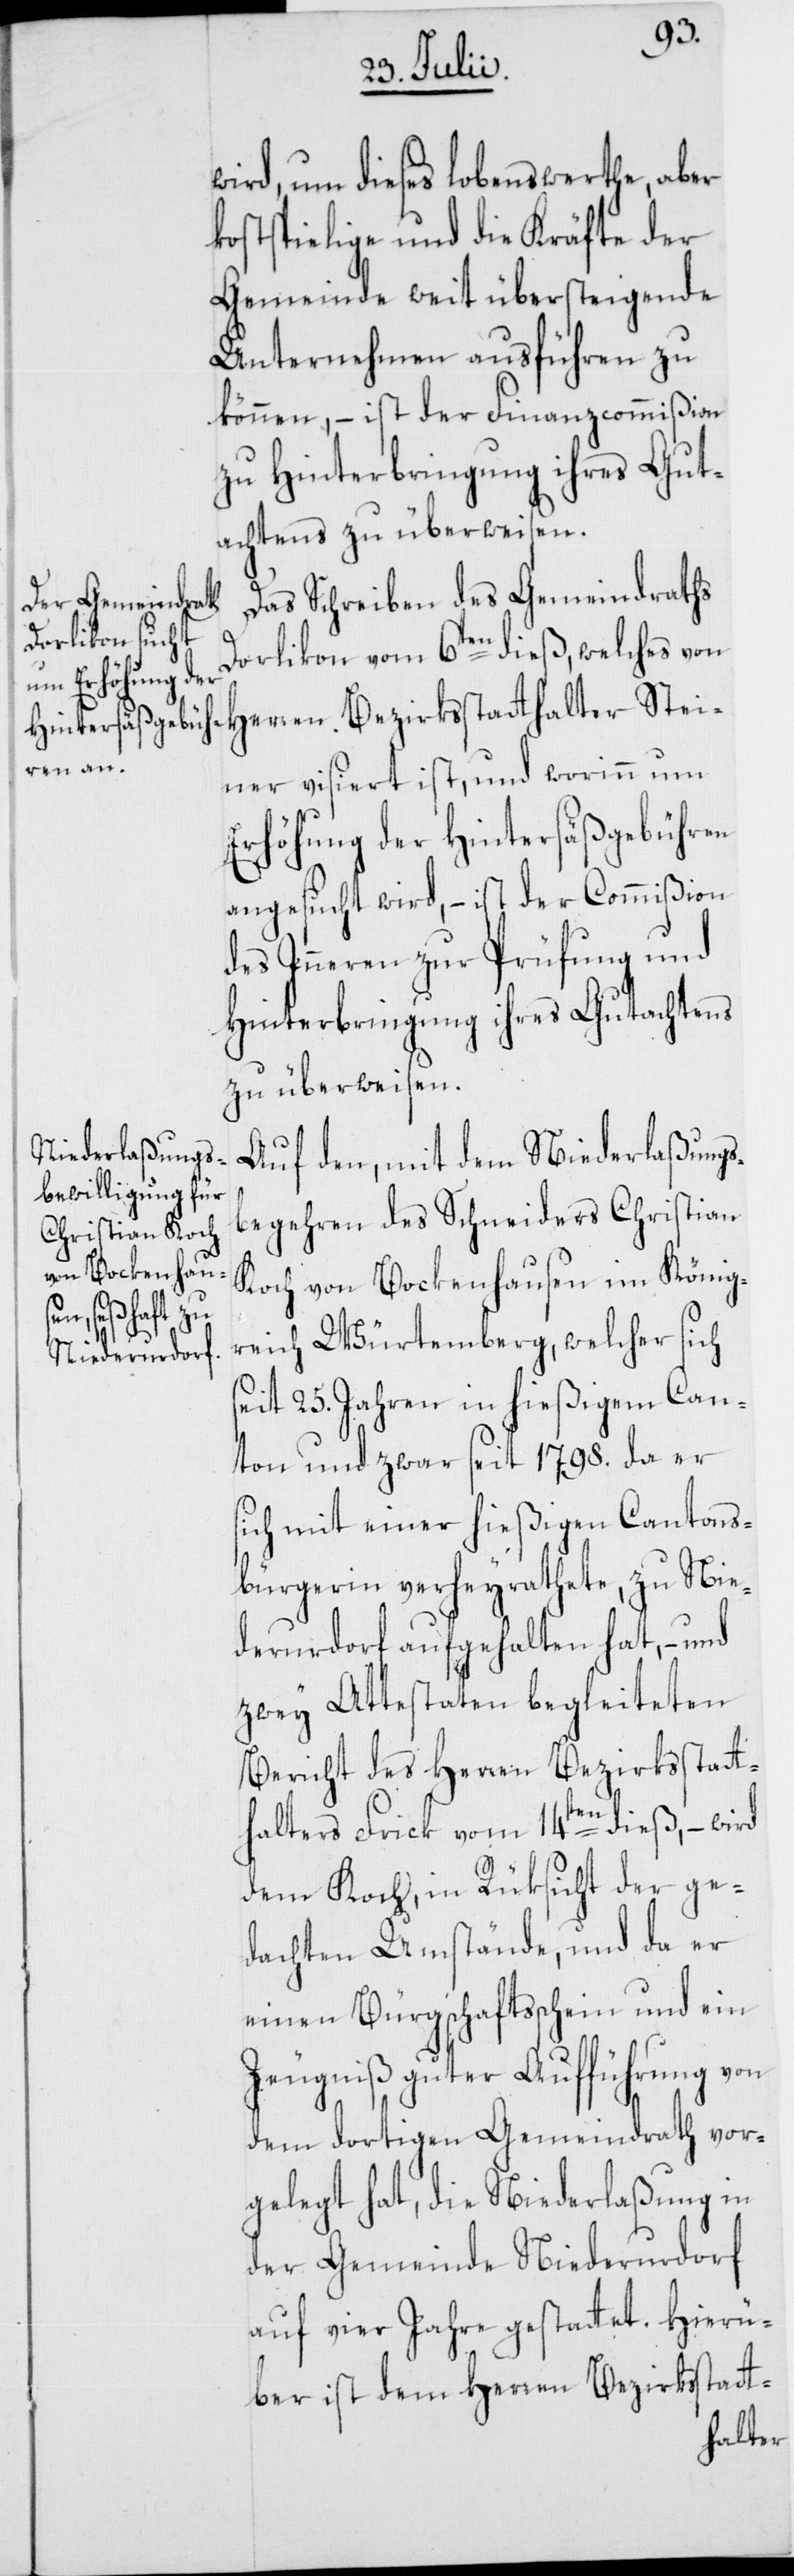
wird, um dieses lobenswerthe, aber
kostspielige und die Kräfte der
Gemeinde weit übersteigende
Unternehmen ausführen zu
können, – ist der Finanzcommißion
zu Hinterbringung ihres Gut¬
achtens zu überweisen.
Das Schreiben des Gemeindraths
Dorlikon vom 6ten dieß, welches von
Herren Bezirksstatthalter Stei¬
ner visiert ist, und worinn um
Erhöhung der Hintersäßgebühren
angesucht wird, – ist der Commißion
des Inneren zur Prüfung und
Hinterbringung ihres Gutachtens
zu überweisen.
Auf den, mit dem Niederlaßungs¬
begehren des Schneiders Christian
Koch von Bockenhausen im König¬
reich Würtemberg, welcher sich
seit 25. Jahren in hießigem Can¬
ton und zwar seit 1798. da er
sich mit einer hießigen Cantons¬
bürgerin verheyrathete, zu Nie¬
derurdorf aufgehalten hat, – und
zwey Attestaten begleiteten
Bericht des Herren Bezirksstatt¬
halters Frick vom 14ten dieß, – wird
dem Koch, in Rüksicht der ge¬
dachten Umstände, und da er
einen Bürgschaftsschein und ein
Zeugniß guter Aufführung von
dem dortigen Gemeindrath vor¬
gelegt hat, die Niederlaßung in
der Gemeinde Niederurdorf
auf vier Jahre gestattet. Hierü¬
ber ist dem Herren Bezirksstatt-